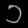
Digit: ၁